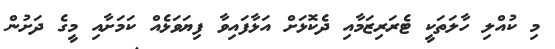
މި ކުއްލި ހާލަތަކީ ޓެރަރިޒަމާއި ދެކޮޅަށް އަޅާފައިވާ ފިޔަވަޅެއް ކަމަށާއި މީގެ ދަށުން